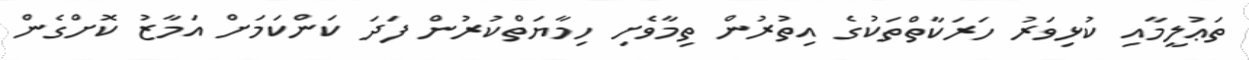
ތަޢުލީމާއި ކުޅިވަރު ހަރަކާތްތަކުގެ އިތުރުން ތިމާވެށި ހިމާޔަތްކުރުން ފަދަ ކަންކަމަށް އަމާޒު ކޮށްގެން